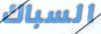
السباك